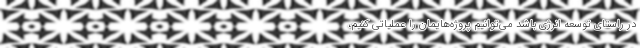
در راستای توسعه انرژی باشد می‌توانیم پروژه‌هایمان را عملیاتی کنیم،